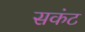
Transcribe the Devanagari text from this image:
सकंट